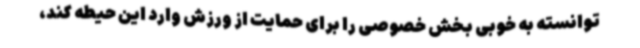
توانسته به خوبی بخش خصوصی را برای حمایت از ورزش وارد این حیطه کند،